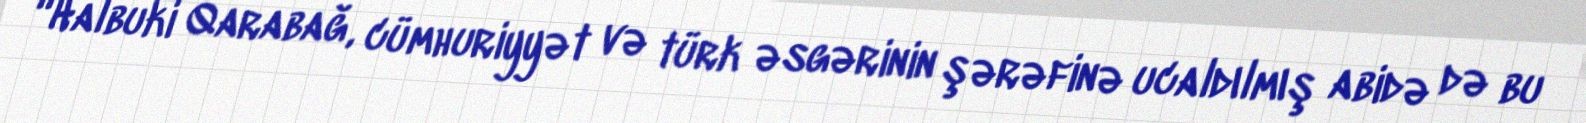
“Halbuki Qarabağ, cümhuriyyət və türk əsgərinin şərəfinə ucaldılmış abidə də bu